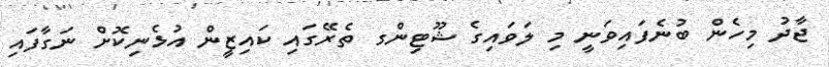
ޖާދު މިހެން ބުނެފައިވަނީ މި ލަވައިގެ ޝޫޓިންގ ތެރޭގައި ކައިޒީން އުޅެނިކޮށް ނަގާފައި